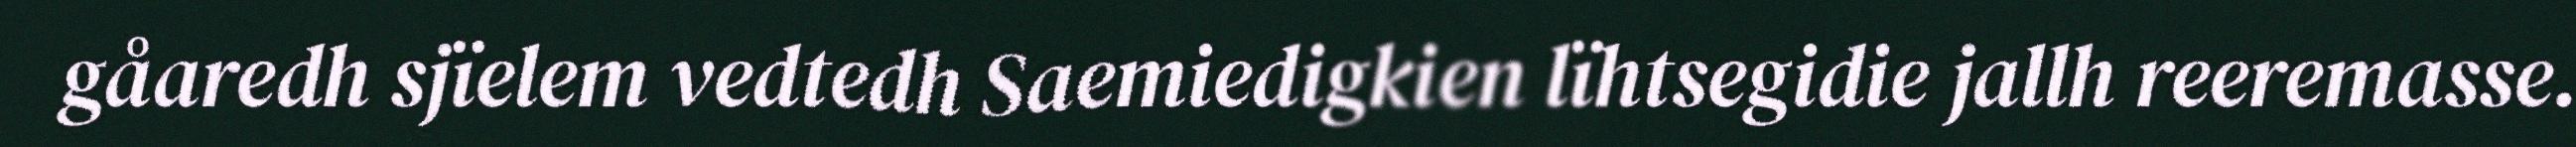
gåaredh sjïelem vedtedh Saemiedigkien lïhtsegidie jallh reeremasse.